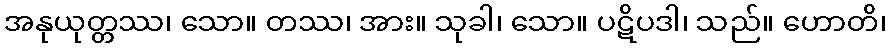
အနုယုတ္တဿ၊ သော။ တဿ၊ အား။ သုခါ၊ သော။ ပဋိပဒါ၊ သည်။ ဟောတိ၊